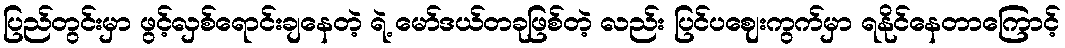
ပြည်တွင်းမှာ ဖွင့်လှစ်ရောင်းချနေတဲ့ ရဲ့ မော်ဒယ်တခုဖြစ်တဲ့ လည်း ပြင်ပဈေးကွက်မှာ ရနိုင်နေတာကြောင့်